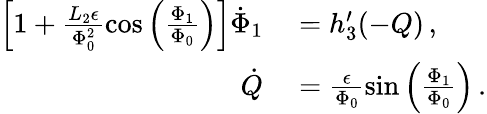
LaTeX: \begin{array}{rl}{\left[1+\frac{L_{2}\epsilon}{\Phi_{0}^{2}}\cos\left(\frac{\Phi_{1}}{\Phi_{0}}\right)\right]\dot{\Phi}_{1}}&{{}=h_{3}^{\prime}(-Q)\, ,}\\ {\dot{Q}}&{{}=\frac{\epsilon}{\Phi_{0}}\sin\left(\frac{\Phi_{1}}{\Phi_{0}}\right)\, .}\end{array}